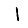
Digit: 1